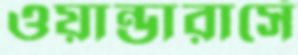
ওয়ান্ডারার্সে